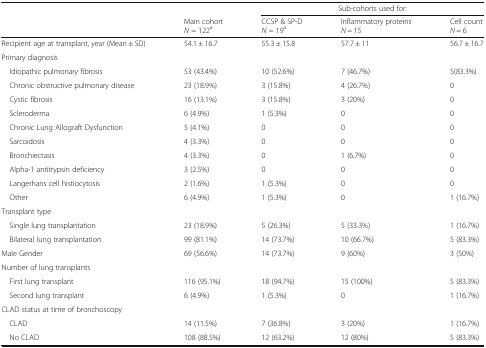
| <ROWSPAN=2>  |  | <COLSPAN=3> Sub-cohorts used for: |
 | Main cohortN = 122a | CCSP & SP-DN = 19a | Inflammatory proteinsN = 15 | Cell countN = 6 |
 | --- | --- | --- | --- | --- |
 | Recipient age at transplant, year (Mean ± SD) | 54.1 ± 16.7 | 55.3 ± 15.8 | 57.7 ± 11 | 56.7 ± 16.7 |
 | <COLSPAN=5> Primary diagnosis |
 | Idiopathic pulmonary fibrosis | 53 (43.4%) | 10 (52.6%) | 7 (46.7%) | 5(83.3%) |
 | Chronic obstructive pulmonary disease | 23 (18.9%) | 3 (15.8%) | 4 (26.7%) | 0 |
 | Cystic fibrosis | 16 (13.1%) | 3 (15.8%) | 3 (20%) | 0 |
 | Scleroderma | 6 (4.9%) | 1 (5.3%) | 0 | 0 |
 | Chronic Lung Allograft Dysfunction | 5 (4.1%) | 0 | 0 | 0 |
 | Sarcoidosis | 4 (3.3%) | 0 | 0 | 0 |
 | Bronchiectasis | 4 (3.3%) | 0 | 1 (6.7%) | 0 |
 | Alpha-1 antitrypsin deficiency | 3 (2.5%) | 0 | 0 | 0 |
 | Langerhans cell histiocytosis | 2 (1.6%) | 1 (5.3%) | 0 | 0 |
 | Other | 6 (4.9%) | 1 (5.3%) | 0 | 1 (16.7%) |
 | <COLSPAN=5> Transplant type |
 | Single lung transplantation | 23 (18.9%) | 5 (26.3%) | 5 (33.3%) | 1 (16.7%) |
 | Bilateral lung transplantation | 99 (81.1%) | 14 (73.7%) | 10 (66.7%) | 5 (83.3%) |
 | Male Gender | 69 (56.6%) | 14 (73.7%) | 9 (60%) | 3 (50%) |
 | <COLSPAN=5> Number of lung transplants |
 | First lung transplant | 116 (95.1%) | 18 (94.7%) | 15 (100%) | 5 (83.3%) |
 | Second lung transplant | 6 (4.9%) | 1 (5.3%) | 0 | 1 (16.7%) |
 | <COLSPAN=5> CLAD status at time of bronchoscopy |
 | CLAD | 14 (11.5%) | 7 (36.8%) | 3 (20%) | 1 (16.7%) |
 | No CLAD | 108 (88.5%) | 12 (63.2%) | 12 (80%) | 5 (83.3%) |